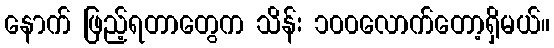
နောက် ဖြည့်ရတာတွေက သိန်း ၁၀၀လောက်တော့ရှိမယ်။